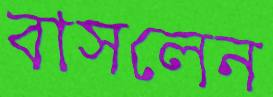
বাসলেন